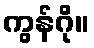
ကွန်ဂို။